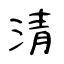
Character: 清